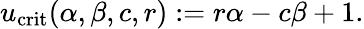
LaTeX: u_{\mathrm{crit}}(\alpha,\beta,c,r):=r\alpha-c\beta+1.